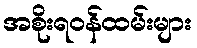
အစိုးရဝန်ထမ်းများ